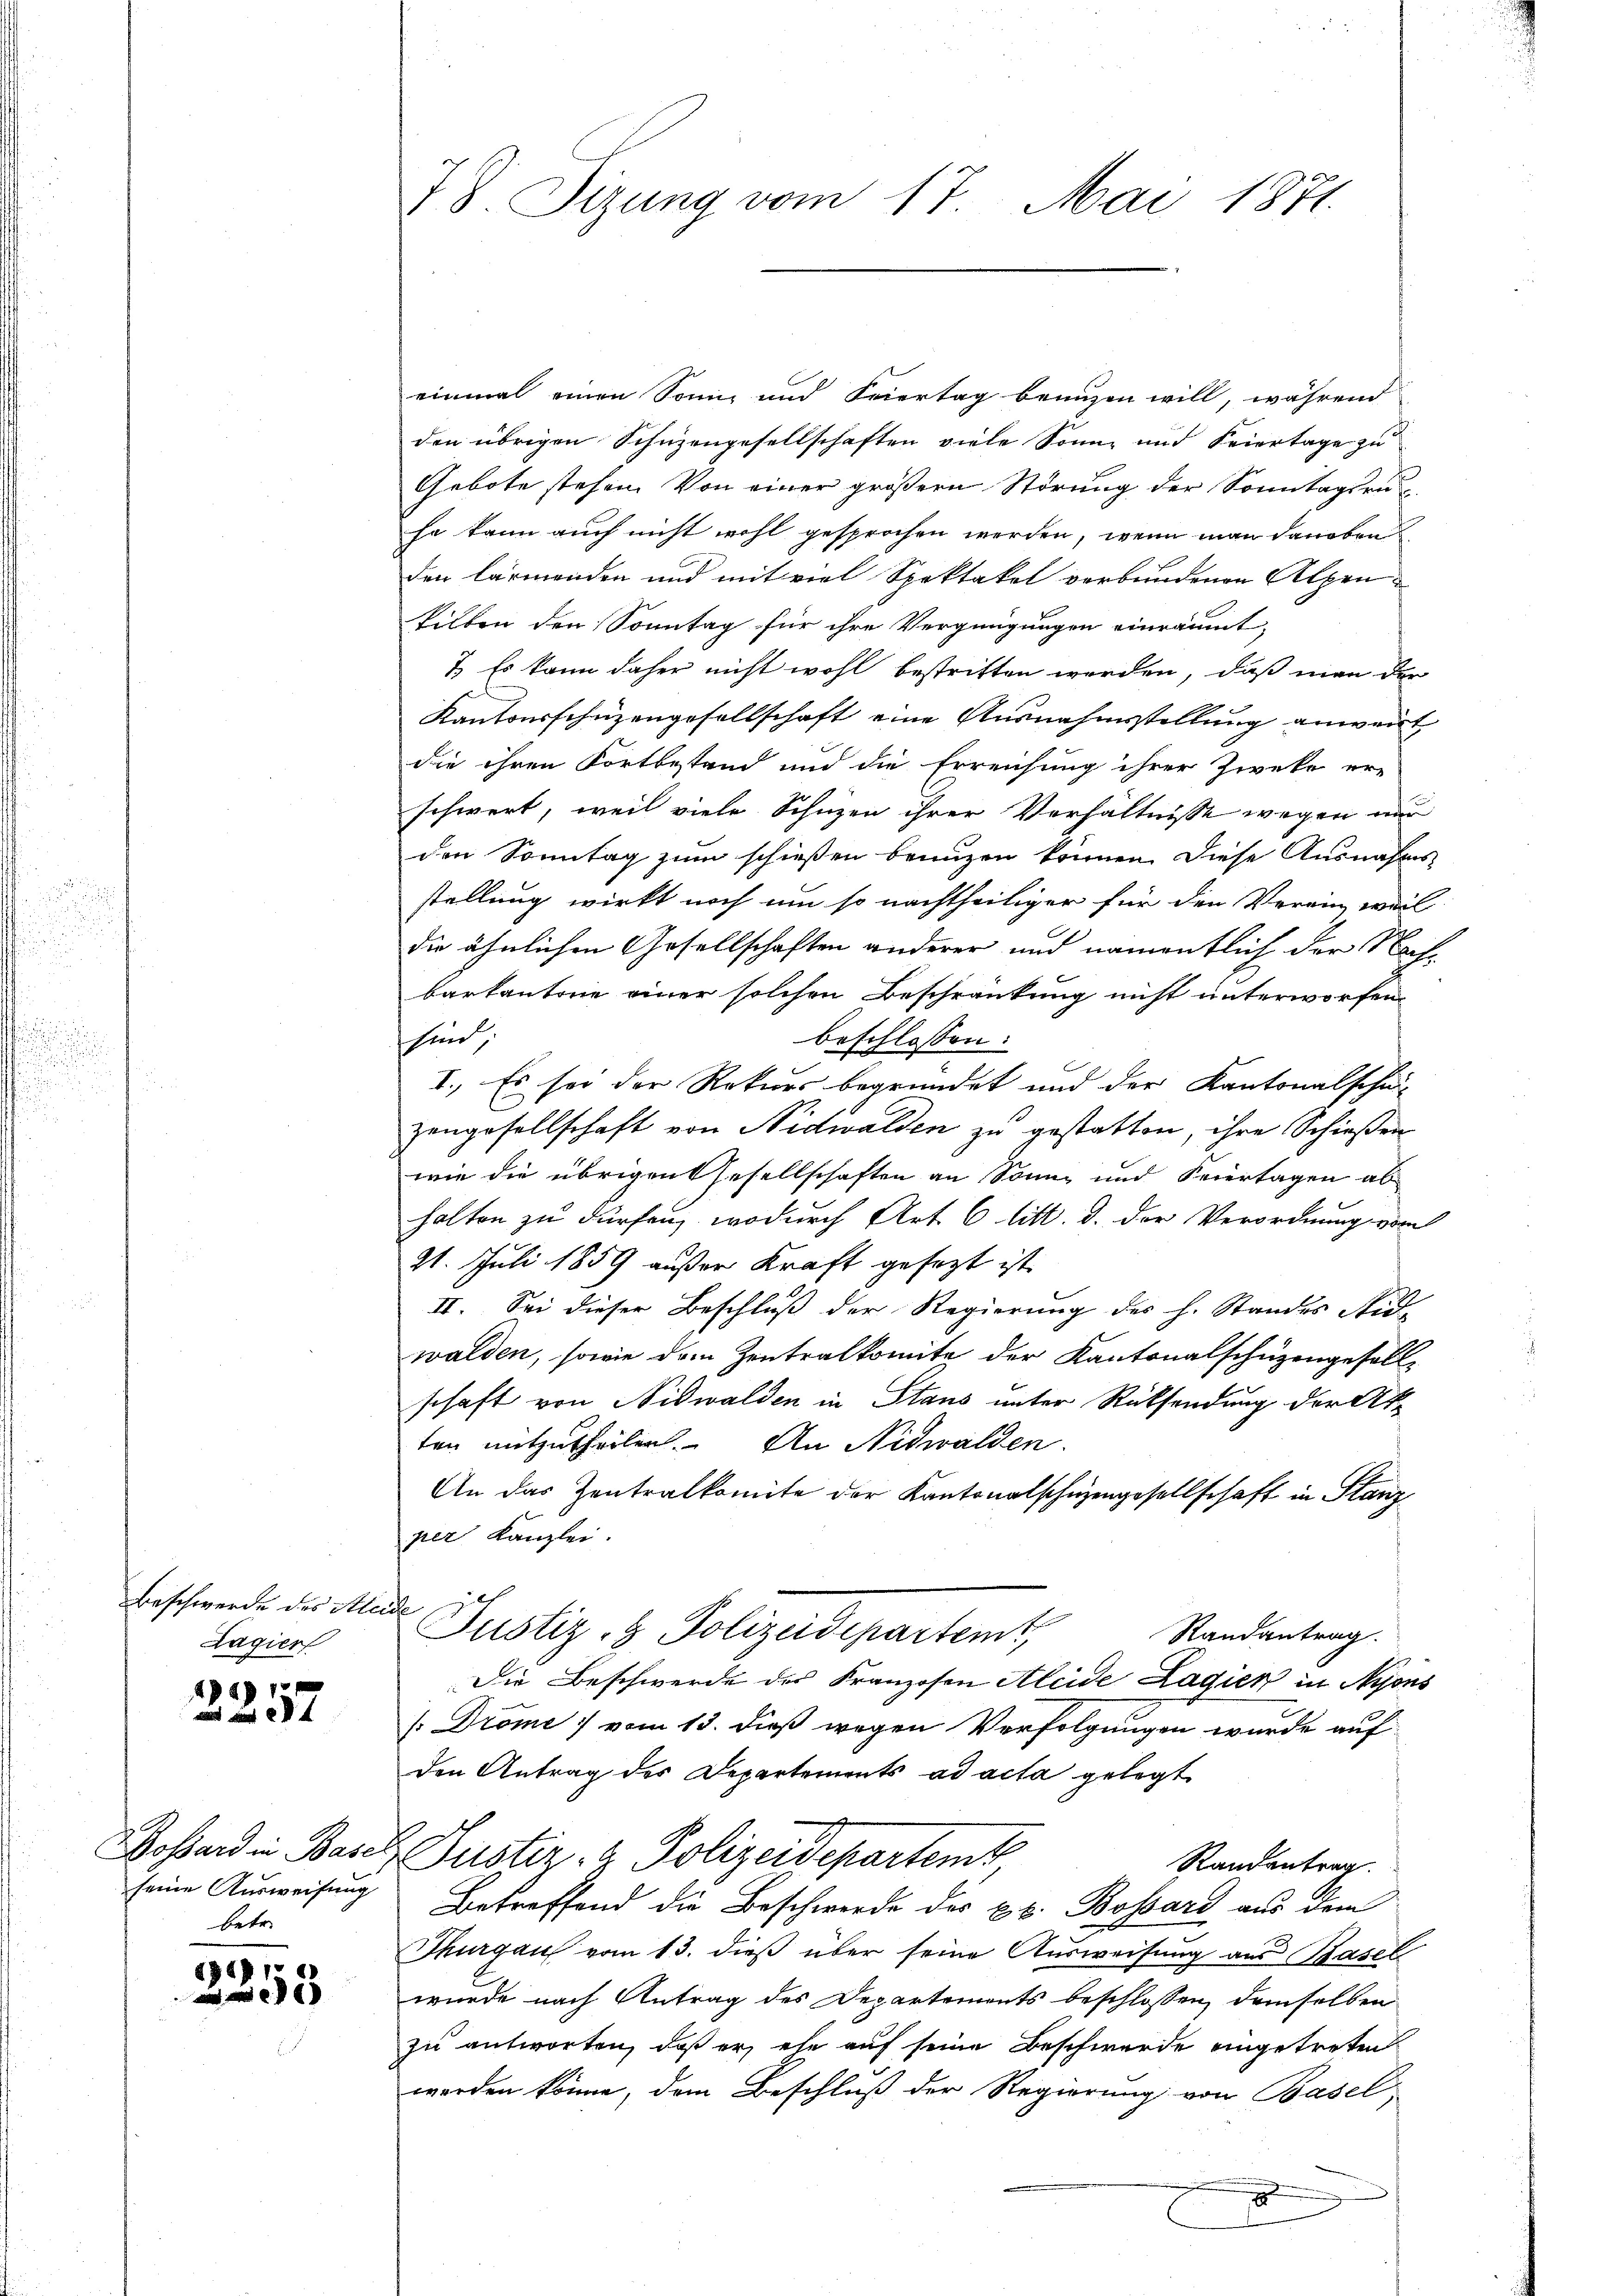
Beschwerde des Kleide
Lagier

2257

betr.

3358

einmal einen Sonne und Feiertag benuzen will, während
den übrigen Schüzengesellschaften viele Sonne und Feiertage zu
Gebote stehen. Von einer größern Störung der Sonntagsru
sa kann auch nicht wohl gesprochen werden, wenn man daneben
den lärmenden und mit viel Spektakel verbundenen Alpensilben den Sonntag für ihre Vergnügungen einräumt,
7. Es kann daher nicht wohl bestritten werden, daß man de
Kantonsschüzengesellschaft eine Ausnahmsstellung anwert
die ihren Fortbestand und die Erreichung ihrer Zweke er-
schwert, weil viele Schuzen ihrer Verhältnisse wegen nur
den Sonntag zum schießen brunzen können. Diese Ausnahms-
stellung wirkt noch um so nachtheiliger für den Verein, weil
die ähnlichen Gesellschaften anderer und namentlich der Nachbarkantonie einer solchen Beschränkung nicht unterworfen.
hind
beschlossen:
I. Es sei der Rekurs begründet und der Kantonalschu
zengesellschaft von Nidwalden zu gestatten, ihre Schießen
wie die übrigen Gesellschaften an Sonne und Feiertagen ab
halten zu dürfen, wodurch Art. 6 litt. d. der Verordnung vom
21. Juli 1859 außer Kraft gesagt ist
II. Sei dieser Beschluß der Regierung des h. Standes Aid-
walden, sowie den Zentralkomite der Kantonalschüzengefall
schaft von Nidwalden in Staus unter Rücksendung der Aka
ten mitzutheilen. An Nidwalden.
An das Zentralkomite der Kantonalschüzengesellschaft in Stanz
per Kanzlei.
Justiz- & Polizeidepartemt,
Randantrag.
Die Beschwerde des Franzosen Aleide Lagier in Nyons
/: Dröme vom 13. dieß wegen Verfolgungen wurde auf
den Antrag des Departements ad acta gelegt
Dossard in Basel, Justiz- & Polizeidepartemb
Randantrag
seine Ausweisung Betreffend die Beschwerde des u. s. Bossard aus dem
Thurgau vom 13. dieß über seine Ausweisung aus Basel
wurde nach Antrag des Departements beschlossen, demselben
zu antworten, daß er ehe auf seine Beschwerde eingetreten
werden könne, dem Beschluß der Regierung von Basel
.

78. Sitzung vom 17. Mai 1871.